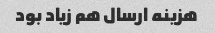
هزینه ارسال هم زیاد بود